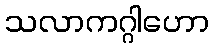
သလာကဂ္ဂါဟော